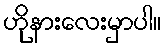
ဟိုနားလေးမှာပါ။